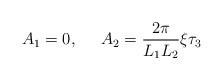
LaTeX: \begin{align*}A_1 = 0, \;\;\;\;\;A_2 =\frac{2 \pi}{ L_1 L_2} \xi\tau_3 \end{align*}